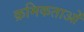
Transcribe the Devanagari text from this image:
क्रमिकताओं